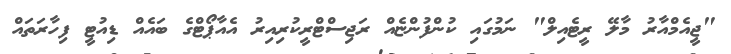
"ޖީއެމްއާރު މާލޭ ރީޓެއިލް" ނަމުގައި ކުންފުންޏެއް ރަޖިސްޓްރީކުރިއިރު އެއާޕޯޓްގެ ބައެއް ޑިއުޓީ ފިހާރަތައް